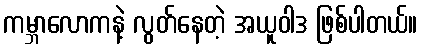
ကမ္ဘာလောကနဲ့ လွတ်နေတဲ့ အယူဝါဒ ဖြစ်ပါတယ်။